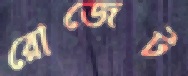
রোজেট